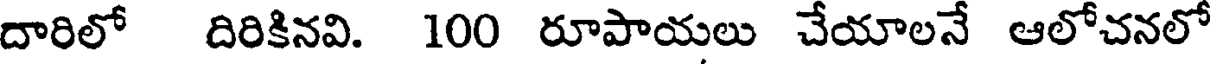
దారిలో దిరికినవి. 100 రూపాయలు చేయాలనే ఆలోచనలో